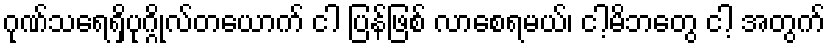
ဂုဏ်သရေရှိပုဂ္ဂိုလ်တယောက် ငါ ပြန်ဖြစ် လာစေရမယ်၊ ငါ့မိဘတွေ ငါ့ အတွက်